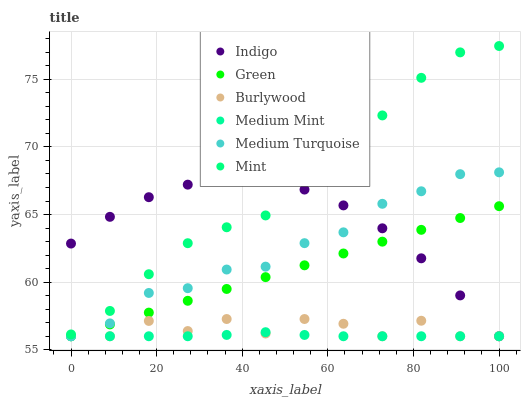
| xaxis_label | Indigo | Green | Burlywood | Medium Mint | Medium Turquoise | Mint |
 | --- | --- | --- | --- | --- | --- | --- |
 | 0 | 62.9 | 56 | 56 | 56 | 56 | 56.1 |
 | 9.09 | 64.8 | 56.9 | 56 | 56 | 57 | 57.9 |
 | 18.2 | 66.3 | 57.7 | 57.1 | 56 | 59.2 | 60.6 |
 | 27.3 | 67.2 | 58.6 | 56.4 | 56 | 59.6 | 62.9 |
 | 36.4 | 67.6 | 59.5 | 57.3 | 56.1 | 60.9 | 64.1 |
 | 45.5 | 67.5 | 60.4 | 56.2 | 56.3 | 61.1 | 64.9 |
 | 54.5 | 66.8 | 61.2 | 57.3 | 56.1 | 62.9 | 68.4 |
 | 63.6 | 65.7 | 62.1 | 56.9 | 56 | 63.7 | 69.6 |
 | 72.7 | 64 | 63 | 56 | 56 | 65.8 | 72.3 |
 | 81.8 | 61.8 | 63.9 | 57.1 | 56 | 66.7 | 75.1 |
 | 90.9 | 59 | 64.7 | 56 | 56 | 68 | 77 |
 | 100 | 56 | 65.6 | 56 | 56 | 68.1 | 77.5 |